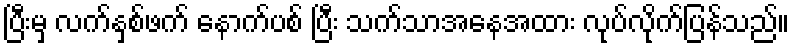
ပြီးမှ လက်နှစ်ဖက် နောက်ပစ် ပြီး သက်သာအနေအထား လုပ်လိုက်ပြန်သည်။